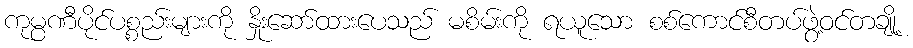
ကုမ္ပဏီပိုင်ပစ္စည်းများကို နှိုးဆော်ထားပေသည် မစိမ်းကို ရယူသော စစ်ကောင်စီတပ်ဖွဲ့ဝင်တချို့